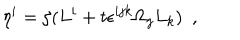
LaTeX: \eta ^ { i } = \zeta ( L ^ { i } + t \epsilon ^ { i j k } \Omega _ { j } L _ { k } ) \ \ ,